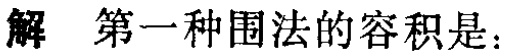
解 第一种围法的容积是：